General report no. 6 on the lunatic asylums, vaccination and dispensaries in the Bengal Presidency, 1873 -
Year: 1873
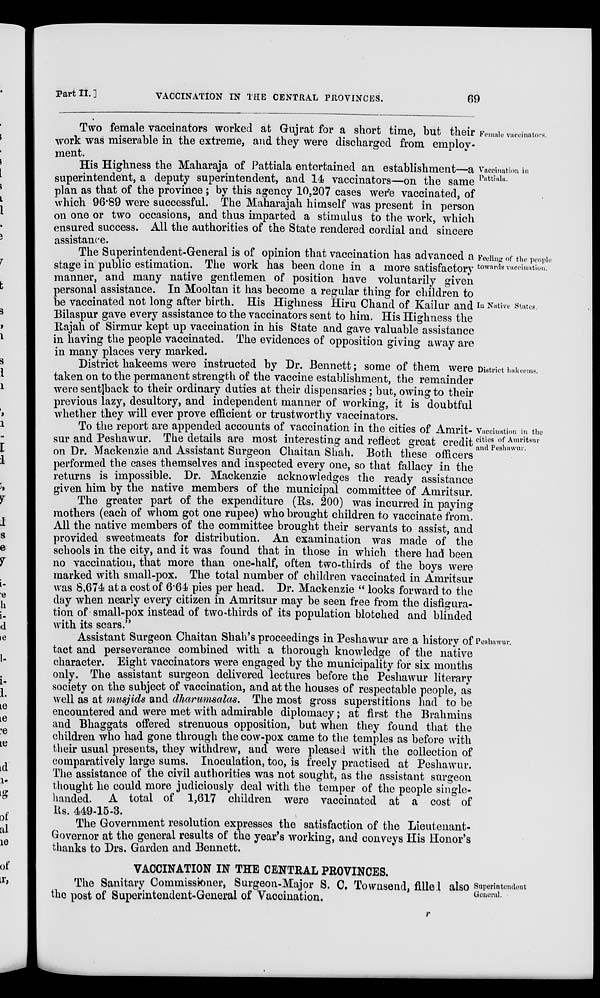
Part II.]
VACCINATION IN THE CENTRAL PROVINCES.
69
Female vaccinators.
Two female vaccinators worked at Gujrat for a short time, but their
work was miserable in the extreme, and they were discharged from employ-
ment.
Vaccination in
Pattiala.
His Highness the Maharaja of Pattiala entertained an establishment—a
superintendent, a deputy superintendent, and 14 vaccinators—on the same
plan as that of the province ; by this agency 10,207 cases were vaccinated, of
which 96.89 were successful. The Maharajah himself was present in person
on one or two occasions, and thus imparted a stimulus to the work, which
ensured success. All the authorities of the State rendered cordial and sincere
assistance.
Feeling of the people
towards vaccination.
In Native States.
The Superintendent-General is of opinion that vaccination has advanced a
stage in public estimation. The work has been done in a more satisfactory
manner, and many native gentlemen of position have voluntarily given
personal assistance. In Mooltan it has become a regular thing for children to
be vaccinated not long after birth. His Highness Hiru Chand of Kailur and
Bilaspur gave every assistance to the vaccinators sent to him. His Highness the
Rajah of Sirmur kept up vaccination in his State and gave valuable assistance
in having the people vaccinated. The evidences of opposition giving away are
in many places very marked.
District hakeems.
District hakeems were instructed by Dr. Bennett; some of them were
taken on to the permanent strength of the vaccine establishment, the remainder
were sent back to their ordinary duties at their dispensaries; but, owing to their
previous lazy, desultory, and independent manner of working, it is doubtful
whether they will ever prove efficient or trustworthy vaccinators
Vaccination in the
cities of Amritsur
and Peshawur.
To the report are appended accounts of vaccination in the cities of Amrit-
sur and Peshawur. The details are most interesting and reflect great credit
on Dr. Mackenzie and Assistant Surgeon Chaitan Shah. Both these officers
performed the cases themselves and inspected every one, so that fallacy in the
returns is impossible. Dr. Mackenzie acknowledges the ready assistance
given him by the native members of the municipal committee of Amritsur.
The greater part of the expenditure (Rs. 200) was incurred in paying
mothers (each of whom got one rupee) who brought children to vaccinate from.
All the native members of the committee brought their servants to assist and
provided sweetmeats for distribution. An examination was made of the
schools in the city, and it was found that in those in which there had been
no vaccination, that more than one-half, often two-thirds of the boys were
marked with small-pox. The total number of children vaccinated in Amritsur
was 8,674 at a cost of 6.64 pies per head. Dr. Mackenzie " looks forward to the
day when nearly every citizen in Amritsur may be seen free from the disfigura-
tion of-small-pox instead of two-thirds of its population blotched and blinded
with its scars."
Peshawur.
Assistant Surgeon Chaitan Shah's proceedings in Peshawur are a history of
tact and perseverance combined with a thorough knowledge of the native
character. Eight vaccinators were engaged by the municipality for six months
only. The assistant surgeon delivered lectures before the Peshawur literary
society on the subject of vaccination, and at the houses of respectable people, as
well as at musjids and dharumsalas. The most gross superstitions had to be
encountered and were met with admirable diplomacy; at first the Brahmins
and Bhaggats offered strenuous opposition, but when they found that the
children who had gone through the cow-pox came to the temples as before with
their usual presents, they withdrew, and were pleased with the collection of
comparatively large sums. Inoculation, too, is freely practised at Peshawur.
The assistance of the civil authorities was not sought, as the assistant surgeon
thought he could more judiciously deal with the temper of the people single-
handed. A total of 1,617 children were vaccinated at a cost of
Rs. 449-15-3.
The Government resolution expresses the satisfaction of the Lieutenant-
Governor at the general results of the year's working, and conveys His Honor's
thanks to Drs. Garden and Bennett.
VACCINATION IN THE CENTRAL PROVINCES
Superintendent
General.
The Sanitary Commissioner, Surgeon-Major S. C. Townsend, filled also
the post of Superintendent-General of Vaccination.
r